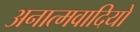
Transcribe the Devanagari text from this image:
अनात्मवादियों